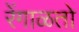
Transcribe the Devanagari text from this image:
रेंगाळतो